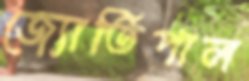
জ্যোতিপাল